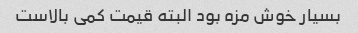
بسیار خوش مزه بود البته قیمت کمی بالاست